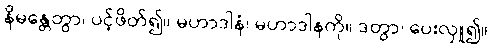
နိမန္တေတွာ၊ ပင့်ဖိတ်၍။ မဟာဒါနံ၊ မဟာဒါနကို။ ဒတွာ၊ ပေးလှူ၍။